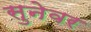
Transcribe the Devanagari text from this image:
सुनेवर